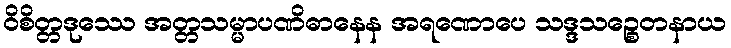
ဝိစိတ္တဒုဿေ အတ္တသမ္မာပဏိဓာနေန အရဏောပေ သဒ္ဒသဉ္စေတနာယ